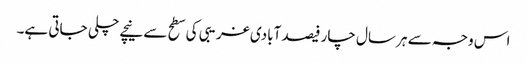
اس وجہ سے ہر سال چار فیصد آبادی غریبی کی سطح سے نیچے چلی جاتی ہے۔